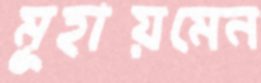
মূহায়মেন